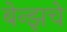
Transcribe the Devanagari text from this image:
बेन्झचे